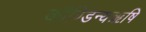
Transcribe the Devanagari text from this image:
कौण्डिन्यऋषि